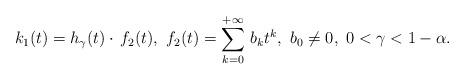
LaTeX: \begin{align*}k_1(t) = h_{\gamma}(t) \cdot \, f_2(t),\ f_2(t)=\sum_{k=0}^{+\infty}\, b_k t^k, \ b_0 \not = 0,\ 0<\gamma<1-\alpha.\end{align*}